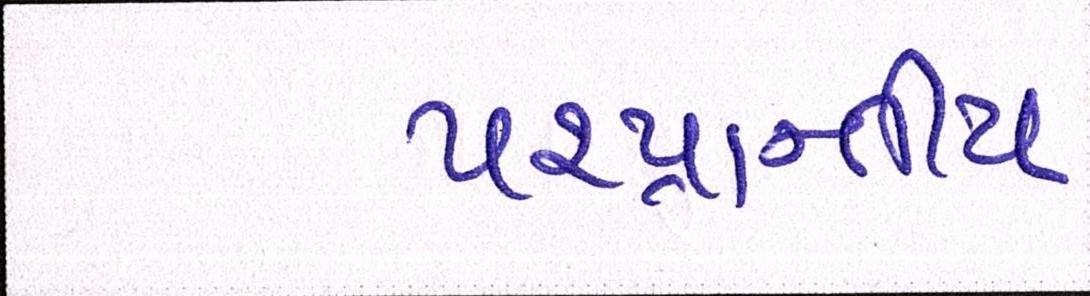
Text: પ૨પ્રાન્તીય